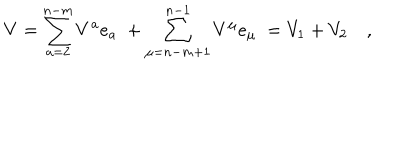
V = \sum _ { a = 2 } ^ { n - m } V ^ { a } e _ { a } \; + \sum _ { \mu = n - m + 1 } ^ { n - 1 } V ^ { \mu } e _ { \mu } \; = V _ { 1 } + V _ { 2 } \quad ,